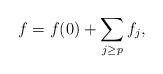
LaTeX: \begin{align*}f=f(0)+\sum_{j\geq p} f_j,\end{align*}